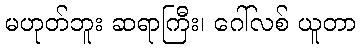
မဟုတ်ဘူး ဆရာကြီး၊ ဂေါ်လစ် ယူတာ